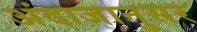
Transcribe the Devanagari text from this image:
अंदाजानुसर